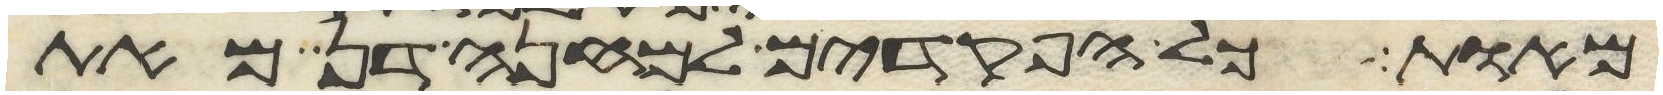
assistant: מאות כל הפקדים למחנה דן מאת